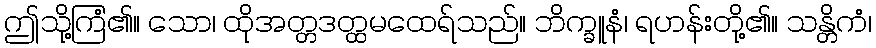
ဤသို့ကြံ၏။ သော၊ ထိုအတ္တဒတ္ထမထေရ်သည်။ ဘိက္ခူနံ၊ ရဟန်းတို့၏။ သန္တိကံ၊